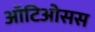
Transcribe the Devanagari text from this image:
ऑटिओसस